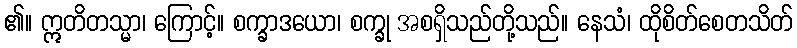
၏။ ဣတိတသ္မာ၊ ကြောင့်။ စက္ခာဒယော၊ စက္ခု အစရှိသည်တို့သည်။ နေသံ၊ ထိုစိတ်စေတသိတ်